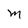
Character: M